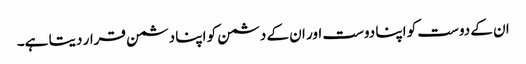
ان کے دوست کو اپنا دوست اور ان کے دشمن کو اپنا دشمن قرار دیتا ہے۔